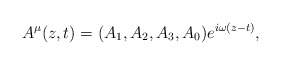
\begin{align*}A^{\mu}(z,t) = (A_{1}, A_{2}, A_{3}, A_{0}) e^{i\omega (z - t)} ,\end{align*}